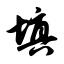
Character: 填